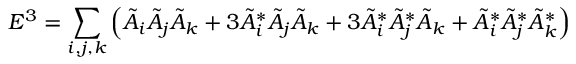
E ^ { 3 } = \sum _ { i , j , k } \left( \tilde { A } _ { i } \tilde { A } _ { j } \tilde { A } _ { k } + 3 \tilde { A } _ { i } ^ { * } \tilde { A } _ { j } \tilde { A } _ { k } + 3 \tilde { A } _ { i } ^ { * } \tilde { A } _ { j } ^ { * } \tilde { A } _ { k } + \tilde { A } _ { i } ^ { * } \tilde { A } _ { j } ^ { * } \tilde { A } _ { k } ^ { * } \right)